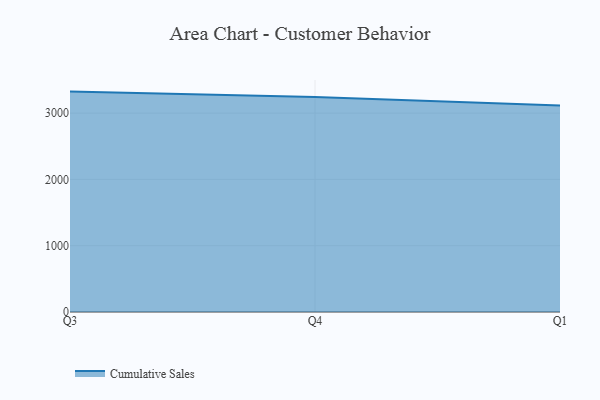
{"axis": {"x": "Quarter", "y": "Energy Usage (MWh)"}, "legend": ["Cumulative Sales"], "data": [{"x": "Q3", "y": 3323.7, "type": "Cumulative Sales"}, {"x": "Q4", "y": 3240.6, "type": "Cumulative Sales"}, {"x": "Q1", "y": 3112.2, "type": "Cumulative Sales"}]}